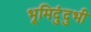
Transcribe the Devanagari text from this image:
भूमिदुंदुभी